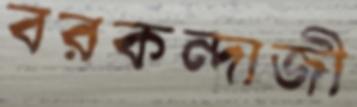
বরকন্দাজী